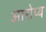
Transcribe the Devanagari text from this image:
आरोप्य